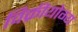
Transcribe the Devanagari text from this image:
विक्रीयोग्य